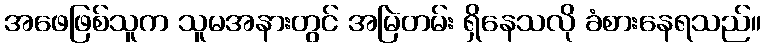
အဖေဖြစ်သူက သူမအနားတွင် အမြဲတမ်း ရှိနေသလို ခံစားနေရသည်။